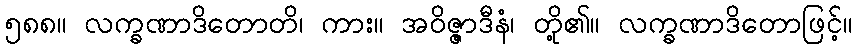
၅၈၈။ လက္ခဏာဒိတောတိ၊ ကား။ အဝိဇ္ဇာဒီနံ၊ တို့၏။ လက္ခဏာဒိတောဖြင့်။